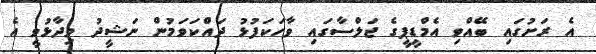
އެ ރަށުގައި ބޭއްވި އެމްޑީޕީގެ ޖަލްސާގައި ވާހަކަފުޅު ދައްކަވަމުން ނަޝީދު ވިދާޅުވީ އެ